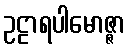
ဥဠာရပါမောဇ္ဇာ